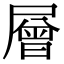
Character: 層